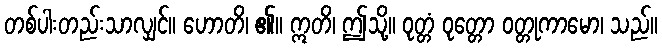
တစ်ပါးတည်းသာလျှင်။ ဟောတိ၊ ၏။ ဣတိ၊ ဤသို့။ ဝုတ္တံ ဝုတ္တော ဝတ္တုကာမော၊ သည်။